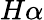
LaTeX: H\alpha